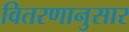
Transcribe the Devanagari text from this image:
वितरणानुसार